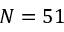
N = 5 1